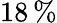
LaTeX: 18\, \%